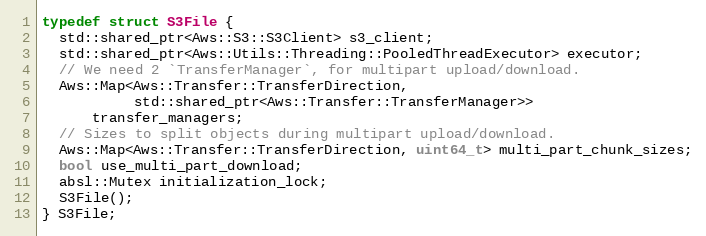
Language: C
typedef struct S3File {
  std::shared_ptr<Aws::S3::S3Client> s3_client;
  std::shared_ptr<Aws::Utils::Threading::PooledThreadExecutor> executor;
  // We need 2 `TransferManager`, for multipart upload/download.
  Aws::Map<Aws::Transfer::TransferDirection,
           std::shared_ptr<Aws::Transfer::TransferManager>>
      transfer_managers;
  // Sizes to split objects during multipart upload/download.
  Aws::Map<Aws::Transfer::TransferDirection, uint64_t> multi_part_chunk_sizes;
  bool use_multi_part_download;
  absl::Mutex initialization_lock;
  S3File();
} S3File;